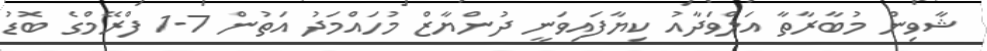
ޝާވިން މުބާރާތާ އަލްވަދާއު ކިޔާފައިވަނީ ދުންޔާޒް މުހައްމަދު އަތުން 7-1 ފްރޭމްގެ ބޮޑު